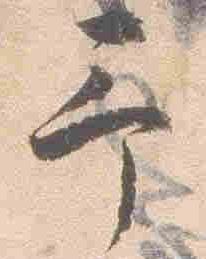
予